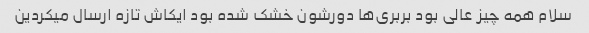
سلام همه چیز عالی بود بربری‌ها دورشون خشک شده بود ایکاش تازه ارسال میکردین